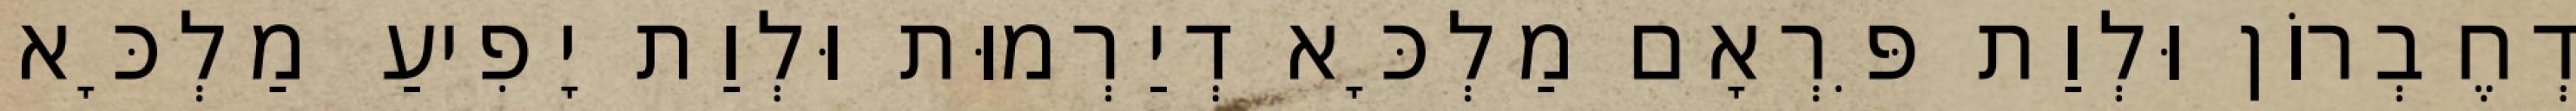
דְחֶבְרוֹן וּלְוַת פִּרְאָם מַלְכָּא דְיַרְמוּת וּלְוַת יָפִיעַ מַלְכָּא